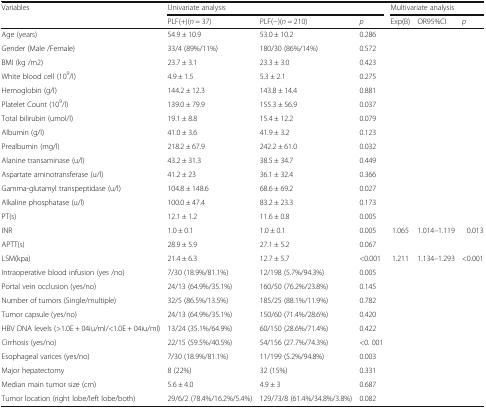
<table><thead><tr><td rowspan="2"><b>Variables</b></td><td colspan="3"><b>Univariate analysis</b></td><td colspan="3"><b>Multivariate analysis</b></td></tr><tr><td><b>PLF(+)(<i>n</i> = 37)</b></td><td><b>PLF(−)(<i>n</i> = 210)</b></td><td><b><i>p</i></b></td><td><b>Exp(B)</b></td><td><b>OR95%CI</b></td><td><b><i>p</i></b></td></tr></thead><tbody><tr><td>Age (years)</td><td>54.9 ± 10.9</td><td>53.0 ± 10.2</td><td>0.286</td><td></td><td></td><td></td></tr><tr><td>Gender (Male /Female)</td><td>33/4 (89%/11%)</td><td>180/30 (86%/14%)</td><td>0.572</td><td></td><td></td><td></td></tr><tr><td>BMI (kg /m2)</td><td>23.7 ± 3.1</td><td>23.3 ± 3.0</td><td>0.423</td><td></td><td></td><td></td></tr><tr><td>White blood cell (10<sup>9</sup>/l)</td><td>4.9 ± 1.5</td><td>5.3 ± 2.1</td><td>0.275</td><td></td><td></td><td></td></tr><tr><td>Hemoglobin (g/l)</td><td>144.2 ± 12.3</td><td>143.8 ± 14.4</td><td>0.881</td><td></td><td></td><td></td></tr><tr><td>Platelet Count (10<sup>9</sup>/l)</td><td>139.0 ± 79.9</td><td>155.3 ± 56.9</td><td>0.037</td><td></td><td></td><td></td></tr><tr><td>Total bilirubin (umol/l)</td><td>19.1 ± 8.8</td><td>15.4 ± 12.2</td><td>0.079</td><td></td><td></td><td></td></tr><tr><td>Albumin (g/l)</td><td>41.0 ± 3.6</td><td>41.9 ± 3.2</td><td>0.123</td><td></td><td></td><td></td></tr><tr><td>Prealbumin (mg/l)</td><td>218.2 ± 67.9</td><td>242.2 ± 61.0</td><td>0.032</td><td></td><td></td><td></td></tr><tr><td>Alanine transaminase (u/l)</td><td>43.2 ± 31.3</td><td>38.5 ± 34.7</td><td>0.449</td><td></td><td></td><td></td></tr><tr><td>Aspartate aminotransferase (u/l)</td><td>41.2 ± 23</td><td>36.1 ± 32.4</td><td>0.366</td><td></td><td></td><td></td></tr><tr><td>Gamma-glutamyl transpeptidase (u/l)</td><td>104.8 ± 148.6</td><td>68.6 ± 69.2</td><td>0.027</td><td></td><td></td><td></td></tr><tr><td>Alkaline phosphatase (u/l)</td><td>100.0 ± 47.4</td><td>83.2 ± 23.3</td><td>0.173</td><td></td><td></td><td></td></tr><tr><td>PT(s)</td><td>12.1 ± 1.2</td><td>11.6 ± 0.8</td><td>0.005</td><td></td><td></td><td></td></tr><tr><td>INR</td><td>1.0 ± 0.1</td><td>1.0 ± 0.1</td><td>0.005</td><td>1.065</td><td>1.014–1.119</td><td>0.013</td></tr><tr><td>APTT(s)</td><td>28.9 ± 5.9</td><td>27.1 ± 5.2</td><td>0.067</td><td></td><td></td><td></td></tr><tr><td>LSM(kpa)</td><td>21.4 ± 6.3</td><td>12.7 ± 5.7</td><td>&lt;0.001</td><td>1.211</td><td>1.134–1.293</td><td>&lt;0.001</td></tr><tr><td>Intraoperative blood infusion (yes /no)</td><td>7/30 (18.9%/81.1%)</td><td>12/198 (5.7%/94.3%)</td><td>0.005</td><td></td><td></td><td></td></tr><tr><td>Portal vein occlusion (yes/no)</td><td>24/13 (64.9%/35.1%)</td><td>160/50 (76.2%/23.8%)</td><td>0.145</td><td></td><td></td><td></td></tr><tr><td>Number of tumors (Single/multiple)</td><td>32/5 (86.5%/13.5%)</td><td>185/25 (88.1%/11.9%)</td><td>0.782</td><td></td><td></td><td></td></tr><tr><td>Tumor capsule (yes/no)</td><td>24/13 (64.9%/35.1%)</td><td>150/60 (71.4%/28.6%)</td><td>0.420</td><td></td><td></td><td></td></tr><tr><td>HBV DNA levels (&gt;1.0E + 04iu/ml/&lt;1.0E + 04iu/ml)</td><td>13/24 (35.1%/64.9%)</td><td>60/150 (28.6%/71.4%)</td><td>0.422</td><td></td><td></td><td></td></tr><tr><td>Cirrhosis (yes/no)</td><td>22/15 (59.5%/40.5%)</td><td>54/156 (27.7%/74.3%)</td><td>&lt;0. 001</td><td></td><td></td><td></td></tr><tr><td>Esophageal varices (yes/no)</td><td>7/30 (18.9%/81.1%)</td><td>11/199 (5.2%/94.8%)</td><td>0.003</td><td></td><td></td><td></td></tr><tr><td>Major hepatectomy</td><td>8 (22%)</td><td>32 (15%)</td><td>0.331</td><td></td><td></td><td></td></tr><tr><td>Median main tumor size (cm)</td><td>5.6 ± 4.0</td><td>4.9 ± 3</td><td>0.687</td><td></td><td></td><td></td></tr><tr><td>Tumor location (right lobe/left lobe/both)</td><td>29/6/2 (78.4%/16.2%/5.4%)</td><td>129/73/8 (61.4%/34.8%/3.8%)</td><td>0.082</td><td></td><td></td><td></td></tr></tbody></table>